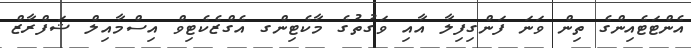
އެންޓަޓެއިންގެ ތިން ވަނަ ފަންގިފިލާ އާއި ވަގުތުގެ މާކެޓިންގ އެގްޒެކެޓިވް އިސްމާއިލް ޝަފްރާޒް